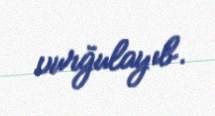
vurğulayıb.